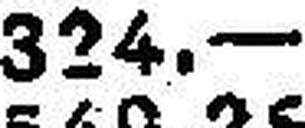
324.—